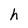
Character: h